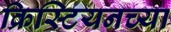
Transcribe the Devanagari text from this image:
क्रिस्टियनच्या